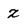
Character: z